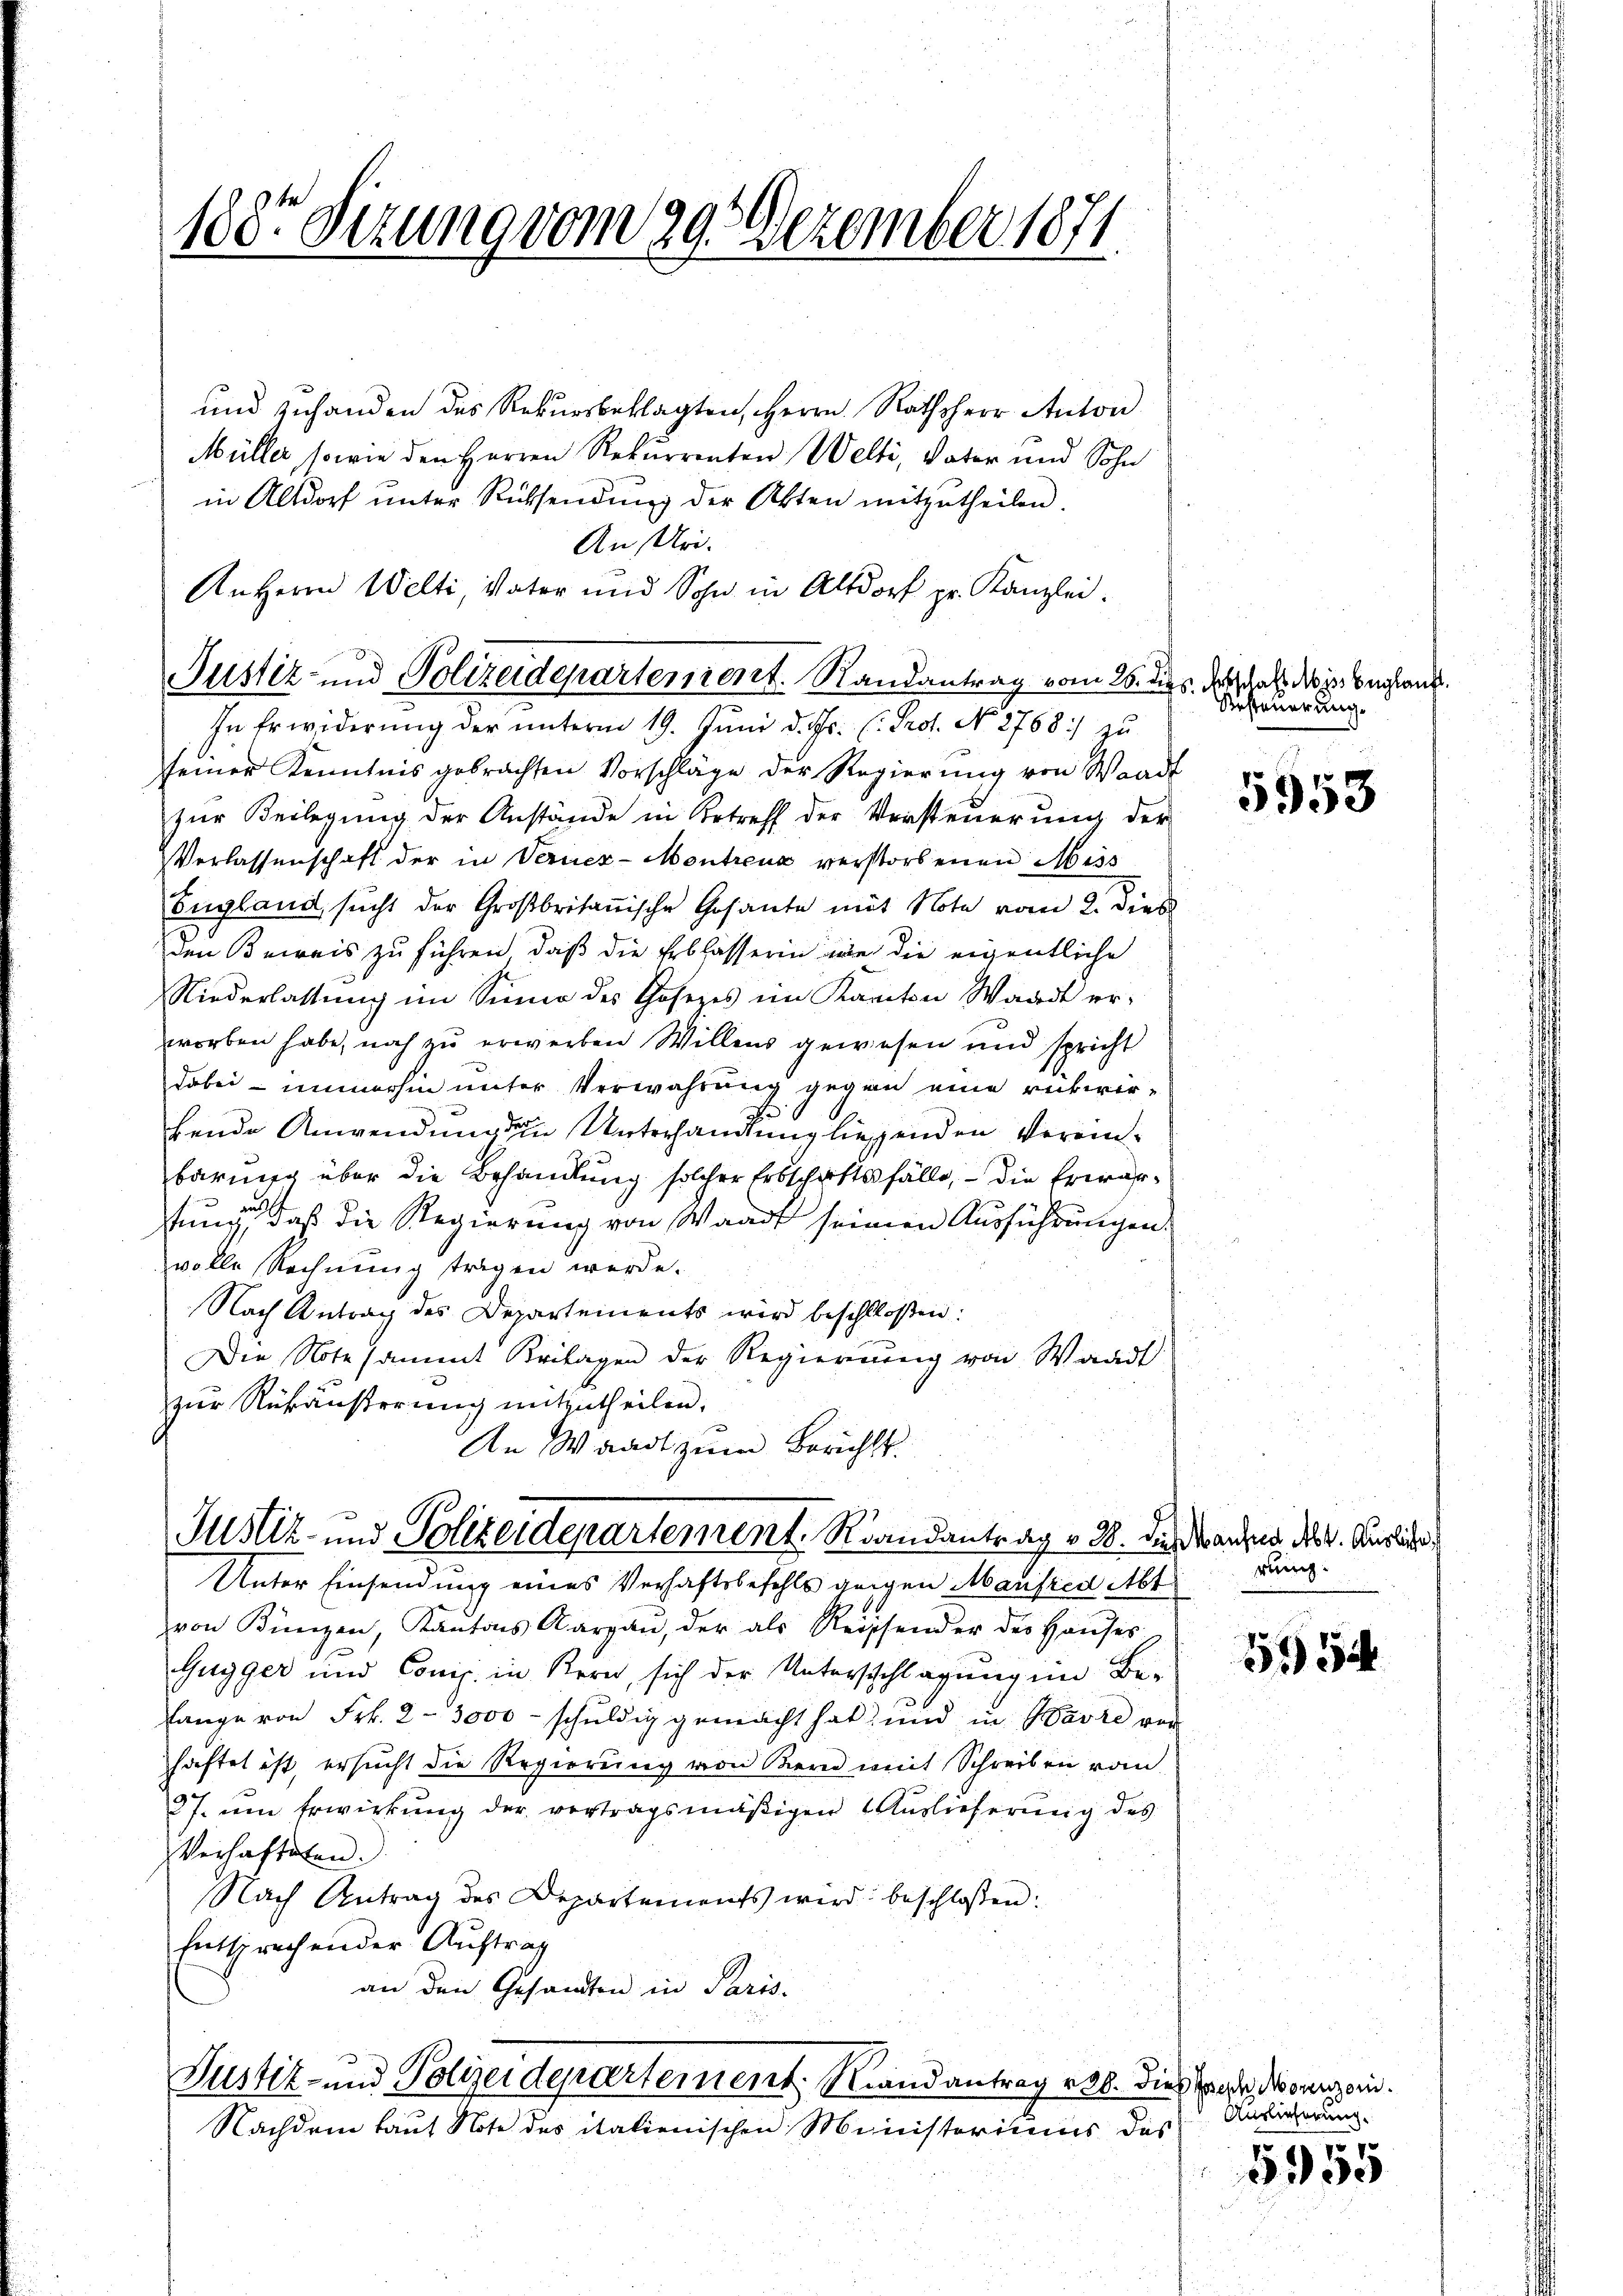
188r Sitzung vom 29. Dezember 1871.

und zuhanden des Rekursbeklagten, Herrn Rathsherr Anton
Müller, sowie den Herren Rekurrenten Welti, Vater und Sohn
in Altdorf ŭnter Rücksendŭng der Akten mitzŭtheilen.
An Uri.
An Herrn Welti, Vater und Sohn in Altdorf pr. Kanzlei.
seiner Kenntnis gebrachten Vorschläge der Regierung von Waadt
zur Beilegung der Anstände in Betreff der Versteuerung der
Verlassenschaft der in Verner-Montreux verstorbenen Miss
England, sucht der Großbritanische Gesante mit Note vom 2. dieß
den Beweis zu führen, daß die Erblasserin wie die eigentliche
Niederlassung im Sinne des Gosezes im Kanton Waadt erworben habe, noch zu erwerben Willens gewesen und spricht
dabei – immerhin unter Verwahrung gegen eine rükwirbende Anwendung die Unterhandlung liessenden Vereinbarung über die Behandlung solcher Erbschaftsfälle, – die Erwähstung, daß die Regierung von Waadt seinen Ausführungen
volle Rechnung tragen werde.
Nach Antrag des Departements wird beschloßen:
Die Note sammt Beilagen der Regierung von Waadt
zur Rükäußerung mitzutheilen.
An Waadt zum Berichts.

Justiz- und Polizeidepartement, Randantrag v. 28. die Manne des v. Auslicher
Unter Einsendung eines Verhaftsbefehls gegen Manfred Abt

Justiz- und Polizeideparterient. Randantrag vom 25. dies der das die belang
In Erwiderung der ŭnterm 19. Juni d. Js. (: Prof. No. 2768) zu

Justiz- und Polizeidepartement. Randantrag 238. 3

Nachdem laut Note des italienischen Ministeriums des

von Bünzen, Kantons Aargau, der als Reissender der Haŭses
Gugger und Comp. in Kern, sich der Unterschlagung im Befange von Frk. 2 - 3000 - schuldig gemacht hat, und in Warre ver
haftet ist, ersucht die Regierung von Bern mit Schreiben von
27. um Erwirkung der vertragsmäßigen Auslieferung des
Verhafteten.
Nach Antrag des Departements wird beschlossen:
Entsprechender Auftrag
an den Gesandten in Paris.

Besteuerung.

5953

rung.

5254

ies Joseph Morenzer.
Auslieferung.

5955